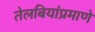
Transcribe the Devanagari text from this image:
तेलबियांप्रमाणे